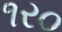
૧ર૦